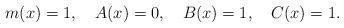
LaTeX: \begin{align*}m(x)=1, \ \ \ A(x)=0, \ \ \ B(x)=1, \ \ \ C(x)=1.\end{align*}